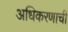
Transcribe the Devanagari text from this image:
अधिकरणाची